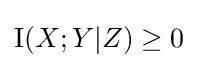
\operatorname {I} (X;Y|Z)\geq 0